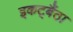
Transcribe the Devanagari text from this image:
इकट्बैंठा